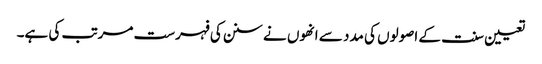
تعیین سنت کے اصولوں کی مدد سے انھوں نے سنن کی فہرست مرتب کی ہے۔